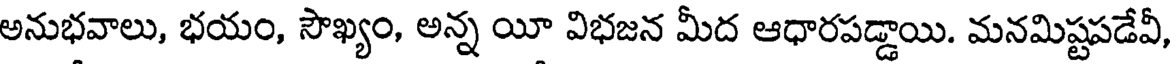
అనుభవాలు, భయం, సౌఖ్యం, అన్న యీ విభజన మీద ఆధారపడ్డాయి. మనమిష్టపడేవీ,